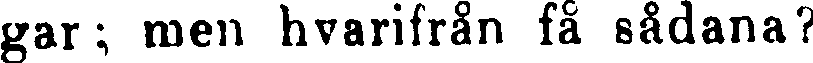
gar; men hvarifrån få sådana?